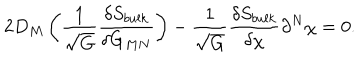
2 D _ { M } \left( \frac { 1 } { \sqrt { G } } \frac { \delta S _ { b u l k } } { \delta G _ { M N } } \right) - \frac { 1 } { \sqrt { G } } \frac { \delta S _ { b u l k } } { \delta \chi } \partial ^ { N } \chi = 0 .